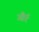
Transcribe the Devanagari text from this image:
और्र